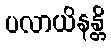
ပလာယိနန္တိ